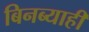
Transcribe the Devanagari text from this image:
बिनब्याही